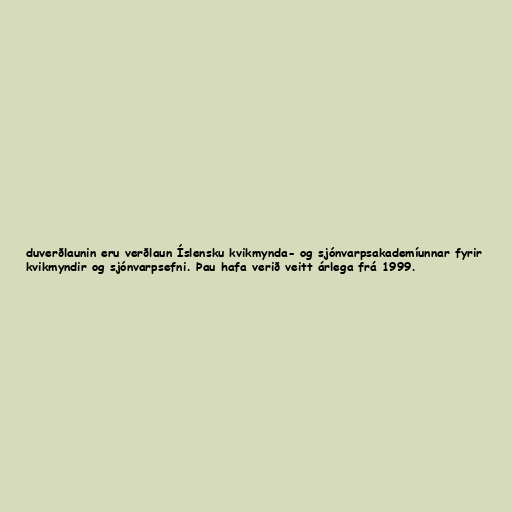
duverðlaunin eru verðlaun Íslensku kvikmynda- og sjónvarpsakademíunnar fyrir
kvikmyndir og sjónvarpsefni. Þau hafa verið veitt árlega frá 1999.